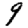
Digit: 9